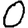
Digit: 0